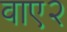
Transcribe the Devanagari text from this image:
वाए२